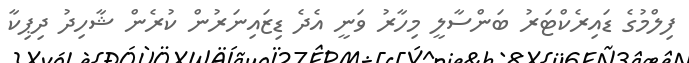
ފިލްމުގެ ޑައިރެކްޓަރު ބަންސާލީ މިހާރު ވަނީ އެދެ ޑިޒައިނަރުން ކުރެން ޝާހިދު ދިޕިކާ